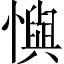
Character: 懙